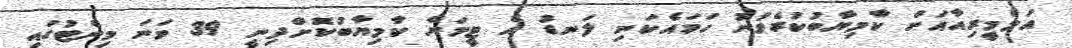
އަލްމީރިއާއަށް ކާމިޔާބުކުރެވުނު ހަމައެކަނި ލަނޑު އެ ޓީމަށް ކާމިޔާބުކޮށްދިނީ 39 ވަނަ މިނެޓުގައި